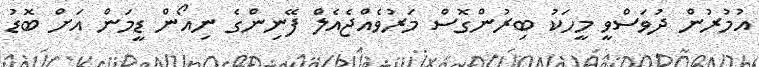
އުމުރުން ދުވަސްވީ މީހަކު ބިރުންގޮސް މަރުވެއްޖެއެލް ފޭނިންގެ ނިއޯން ޑީމަން އަށް ބޮޑު